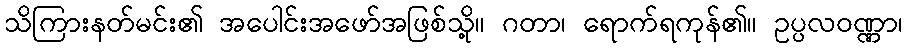
သိကြားနတ်မင်း၏ အပေါင်းအဖော်အဖြစ်သို့။ ဂတာ၊ ရောက်ရကုန်၏။ ဥပ္ပလဝဏ္ဏာ၊